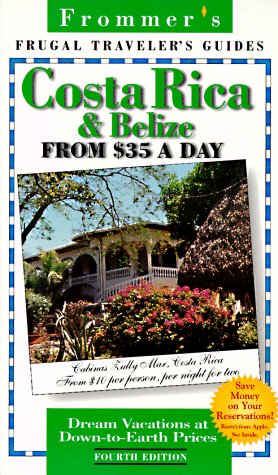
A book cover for Frommer's Costa Rica & Belize from $35 a Day (Frommer's Costa Rica, Guatemala and Belize from $ a Day); Travel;